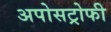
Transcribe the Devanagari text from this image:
अपोसट्रोफी